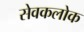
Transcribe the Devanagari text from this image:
सेवकलोक